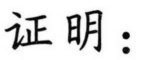
证明：